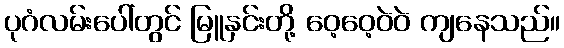
ပုဂံလမ်းပေါ်တွင် မြူနှင်းတို့ ဝေ့ဝေ့ဝဲဝဲ ကျနေသည်။